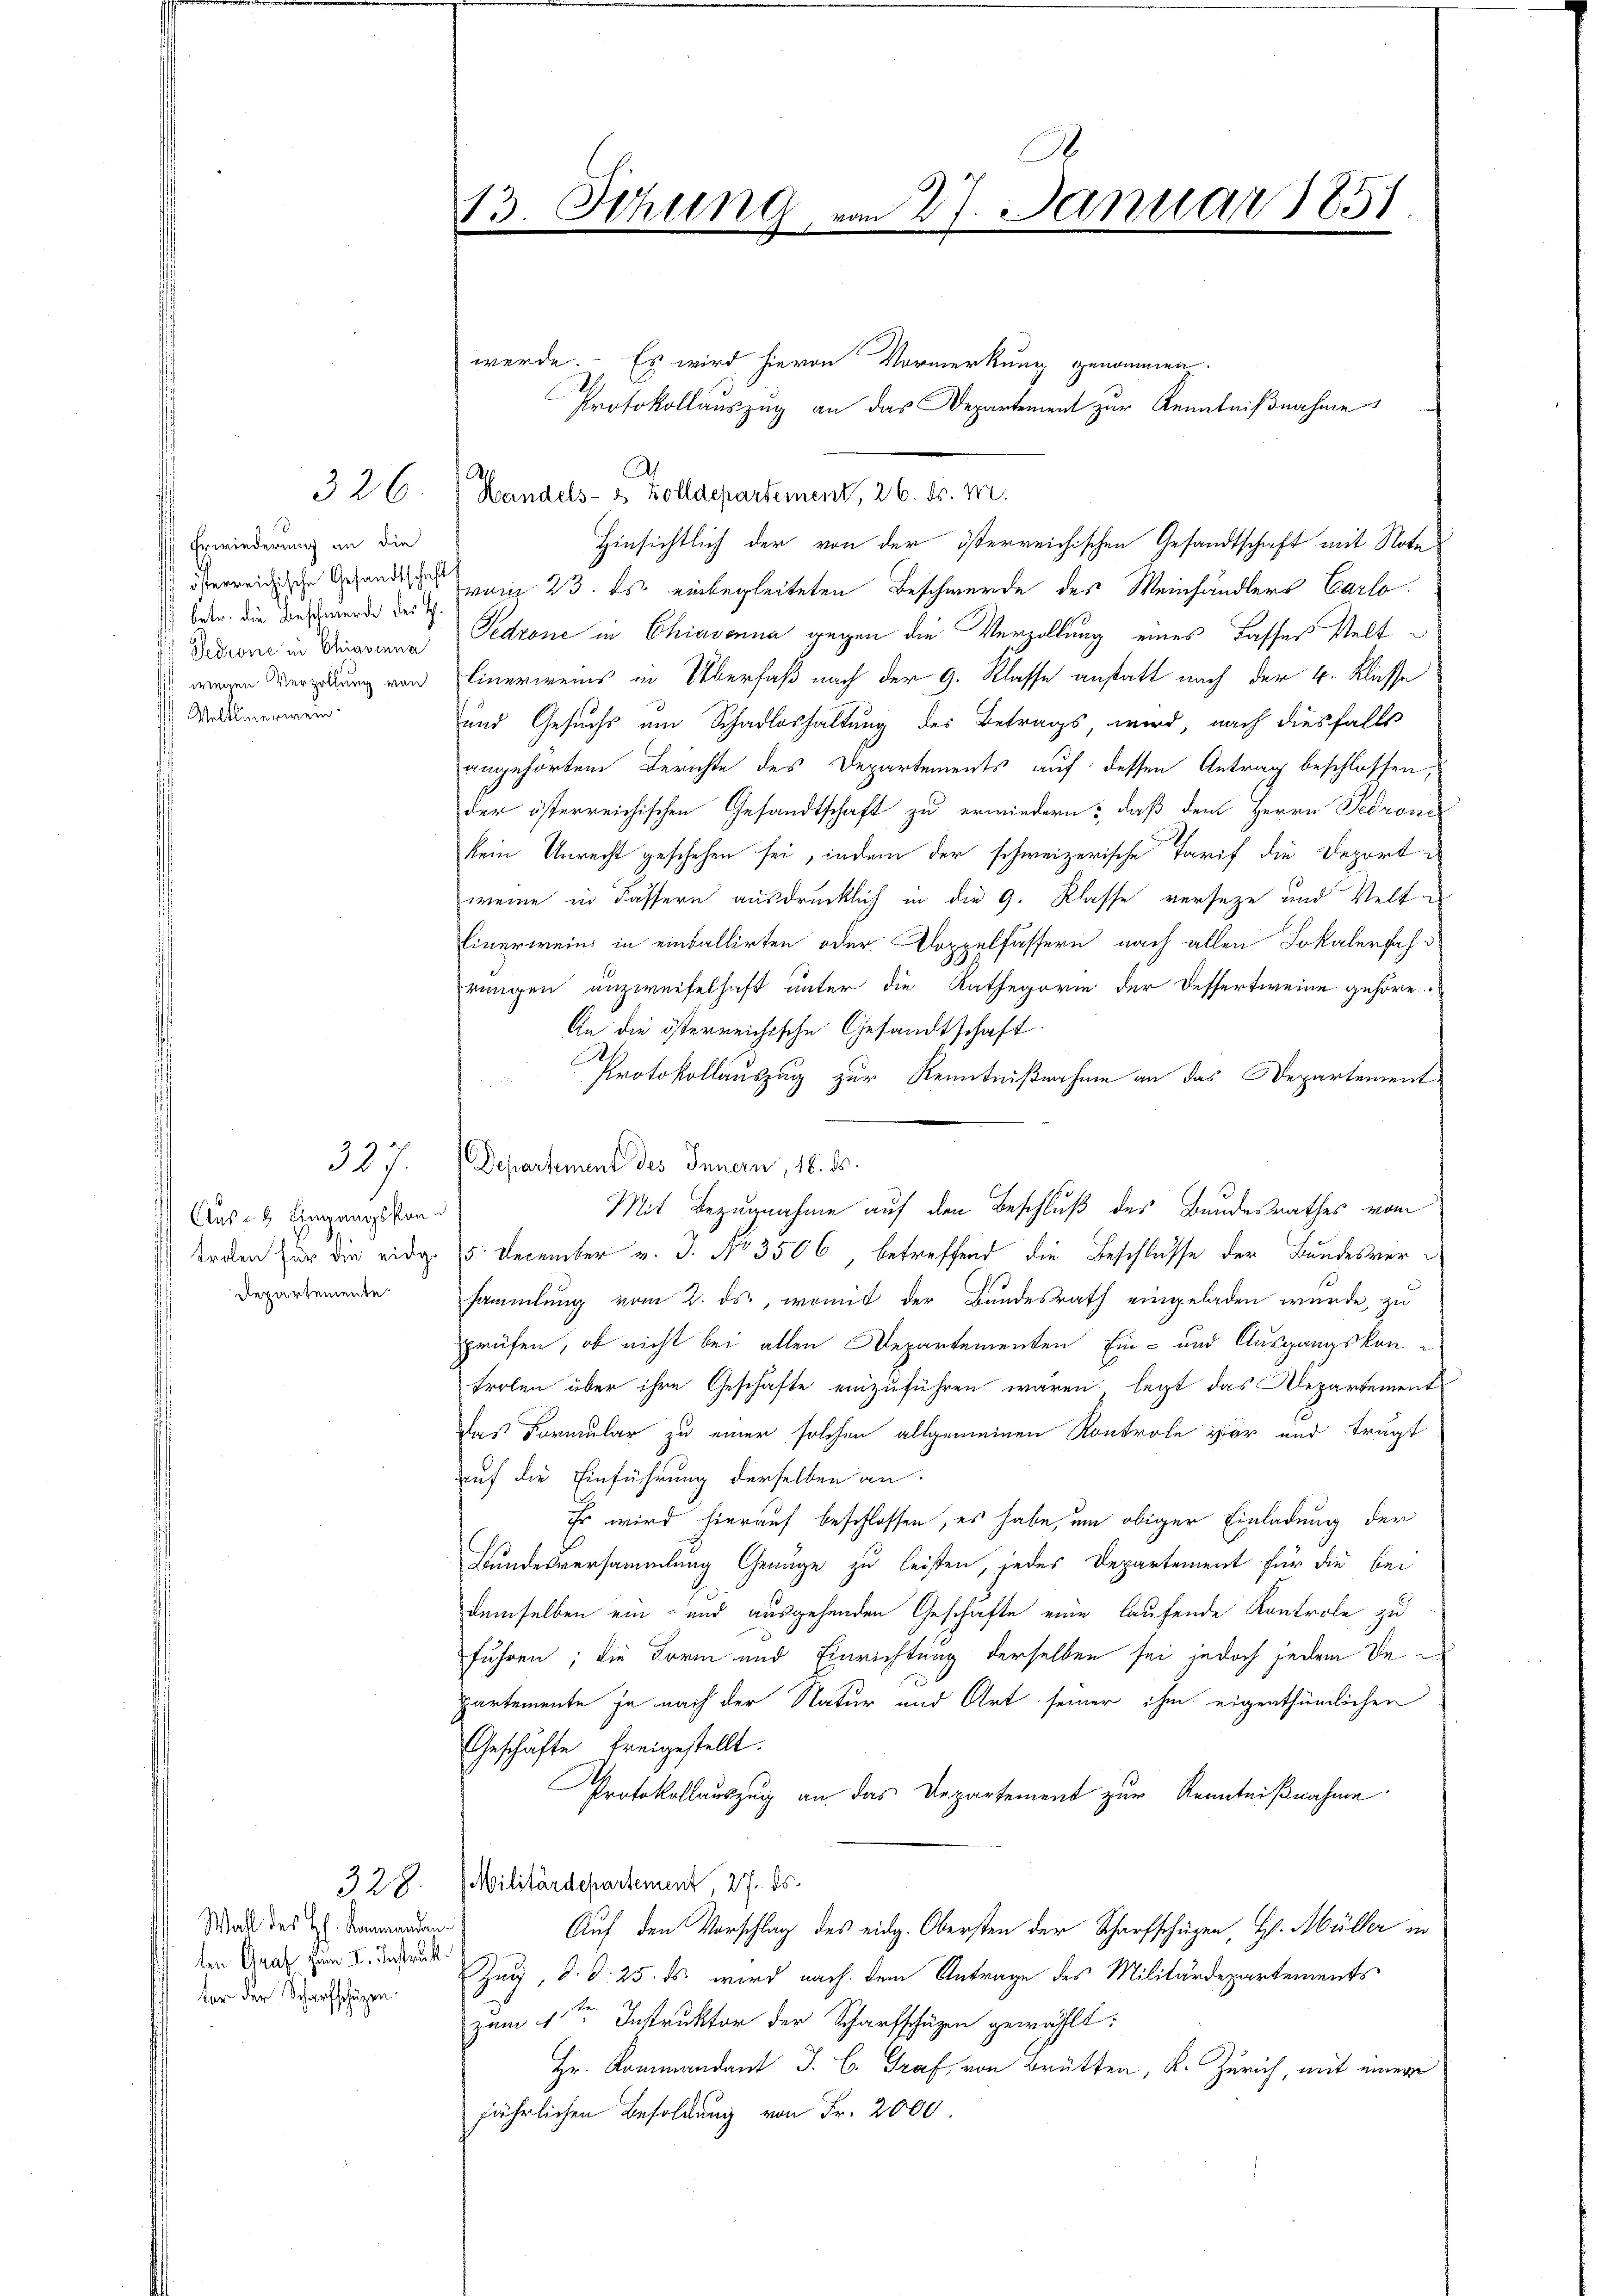
326

Erwiederung an die
betr. die Beschwerde des H.
Gedrone in Chiavenna
wegen Verzollung von
 Weltlinermein

Aus 28. Eingangskontrolen für die eidge
Repartemente

327.

328.
Wahl des H. Kommanden.
ten Graf zum II. Instraft.
ter der Scharfschüzen.

13. Sitzung vom 27. Januar 1851.

werde. Es wird hievon Vormerkung genommen
Hinsichtlich der von der österreichischen Gesandtschaft mit Note
 herreiche Gesandt in 23. ds. einbegleiteten Beschwerde des Meinhändlers Carlo
Gedrone in Chiavonna gegen die Verzollung eines Tasses Velt¬
Einerweis in Überfaß nach der G. Klasse anstatt nach der 4. Klasse
und Gesuchs um Schadloshaltung des Betrags, wird, nach diesfalls
angehörten Berichte des Departements auf dessen Antrag beschlossen,
der österreichischen Gesandtschaft zu erwiedern: daß dem Herrn Pedrone
kein Unrecht geschehen sei, indem der schweizerische Tarif die Deport
wenn in Fassern ausdrücklich in die 9. Klasse verseze und Velt¬
Einerwein in einballirten oder Koppelfässern nach allen Lokalerfahrungen unzweifelhaft unter die Kathegorie der Dessertweine gehöre
An die österreichische Gesandtschaft
Protokollauszug zur Kenntnißnahme an das Departement
5. December v. J. No 3506, betreffend die Beschlusse der Bundesversammlung vom 2. ds., womit der Bundesrath eingeladen wurde, zu
prüfen, ob nicht bei allen Departementen Ein- und Ausgangskontroben über ihre Geschäfte einzuführen wären, legt das Departement
das Formular zu einer solchen allgemeinen Kontrole vor und trägt
auf die Einführung derselben an
Es wird hierauf beschlossen, es habe, um obiger Einladung der
Bundesversammlung Genüge zu leisten, jedes Departement für die bei
demselben ein- und ausgehenden Geschäfte eine laufende Kontrole zu
führen; die Form und Einrichtung derselben sei jedoch jedem De
partemente ja nach der Natur und Art seiner ihm eigenthümlichen
Geschäfte freigestellt.
Protokollauszug an das Departement zur Kenntnißnahme.
Militärdepartement, 27. ds.
Auf den Vorschlag des eidg. Obersten der Scharfschügen, H. Müller in
Zug, d. d. 25. ds. wird nach dem Antrage des Militärdepartements
zum 1ten Instruktor der Scharfschüzen gewählt:
Hr. Kommandant J. C. Graf von Brütten, K. Zürich, mit einer
jährlichen Besoldung von Fr. 2000

Handels- u. Zolldepartement, 26. v. M.

Departement des Innern, 18. ds.
Mit Bezugnahme auf den Beschluß des Bundesrathes vom

Protokollauszug an das Departement zur Kenntnißnahme